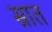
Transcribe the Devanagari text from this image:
स्रात